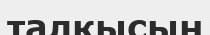
талқысын